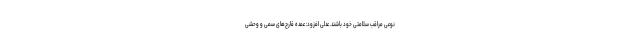
نوعی مراقب سلامتی خود باشند. عدلی افزود: عمده قارچ‌های سمی و وحشی